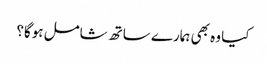
کیا وہ بھی ہمارے ساتھ شامل ہوگا؟